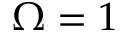
\Omega = 1